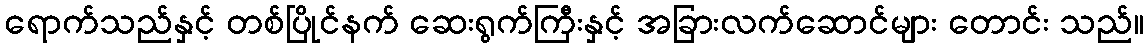
ရောက်သည်နှင့် တစ်ပြိုင်နက် ဆေးရွက်ကြီးနှင့် အခြားလက်ဆောင်များ တောင်း သည်။